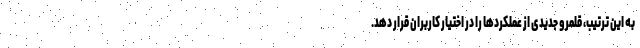
به این ترتیب، قلمرو جدیدی از عملکردها را در اختیار کاربران قرار دهد.